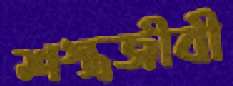
শস্ত্রজীবী